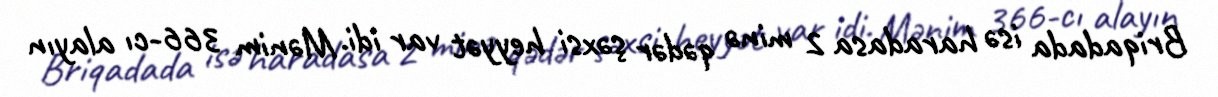
Briqadada isə haradasa 2 minə qədər şəxsi heyyət var idi. Mənim 366-cı alayın